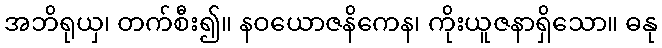
အဘိရုယှ၊ တက်စီး၍။ နဝယောဇနိကေန၊ ကိုးယူဇနာရှိသော။ ဓနု